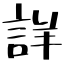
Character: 詳